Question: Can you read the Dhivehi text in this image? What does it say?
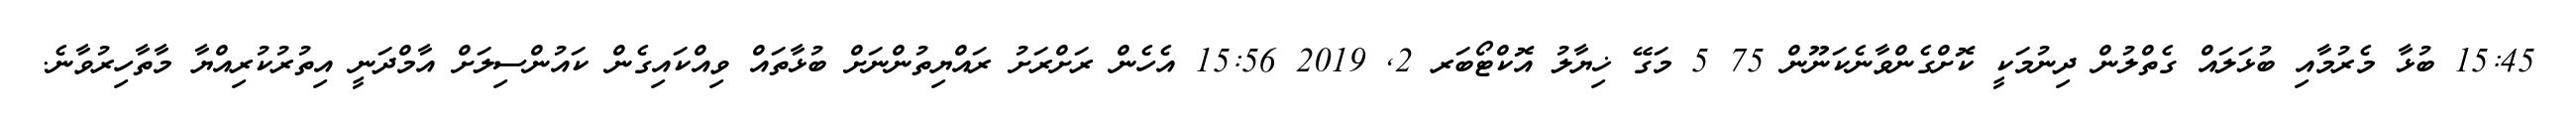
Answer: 15:45 ބުޅާ މެރުމާއި ބުޅަލައް ގެތްލުން ދިނުމަކީ ކޮށްގެންވާނެކަނޫން 75 5 މަގޭ ޚިޔާލު އޮކްޓޯބަރ 2, 2019 15:56 އެހެން ރަށްރަށު ރައްޔިތުންނަށް ބުޅާތައް ވިއްކައިގެން ކައުންސިލަށް އާމްދަނީ އިތުރުކުރިއްޔާ މާތާހިރުވާނެ.